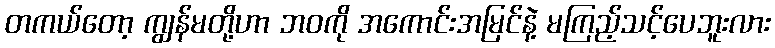
တကယ်တော့ ကျွန်မတို့ဟာ ဘဝကို အကောင်းအမြင်နဲ့ မကြည့်သင့်ပေဘူးလား